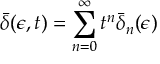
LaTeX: \bar { \delta } ( \epsilon , t ) = \sum _ { n = 0 } ^ { \infty } t ^ { n } \bar { \delta } _ { n } ( \epsilon )